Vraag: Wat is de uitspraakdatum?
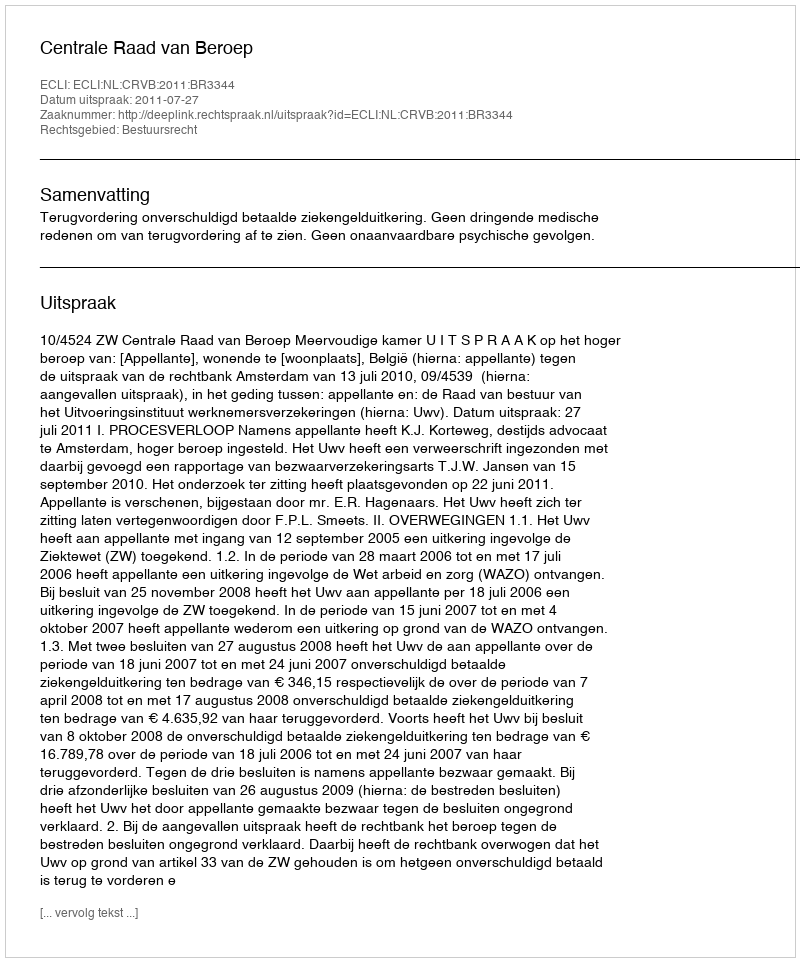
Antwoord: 2011-07-27